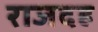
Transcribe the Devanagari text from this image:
राजदह